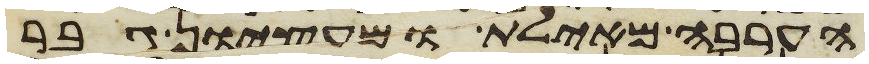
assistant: הערבה מאילת ומעציון גבר